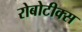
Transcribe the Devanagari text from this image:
रोबोटीक्स